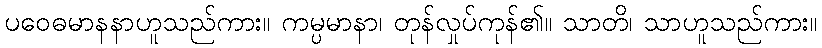
ပဝေဓမာနနာဟူသည်ကား။ ကမ္ပမာနာ၊ တုန်လှုပ်ကုန်၏။ သာတိ၊ သာဟူသည်ကား။